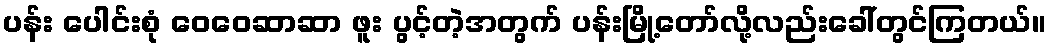
ပန်း ပေါင်းစုံ ဝေဝေဆာဆာ ဖူး ပွင့်တဲ့အတွက် ပန်းမြို့တော်လို့လည်းခေါ်တွင်ကြတယ်။